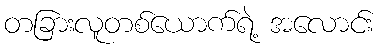
တခြားလူတစ်ယောက်ရဲ့ အလောင်း